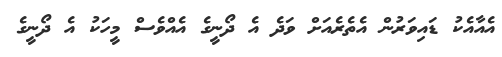
އެއާއެކު ޑައިވަރުން އެތެރެއަށް ވަދެ އެ ދޯނީގެ އެއްވެސް މީހަކު އެ ދޯނީގެ